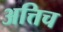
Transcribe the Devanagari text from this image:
अत्तिच